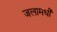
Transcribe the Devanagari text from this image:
जलामधीं